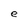
Character: e